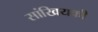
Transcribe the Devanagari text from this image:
सांखियकी